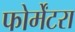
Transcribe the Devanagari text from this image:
फोर्मेंटरा